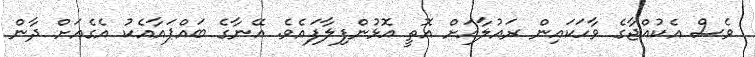
ވެސް އެކުއްޖާގެ ވާހަކައިން ރައުލާއަށް އޮތީ އޮޅުންފިލާފައެވެ. އޭނާގެ ބައްޕައާއެކު އެގެއަށް ދާން